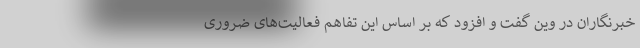
خبرنگاران در وین گفت و افزود که بر اساس این تفاهم فعالیت‌های ضروری